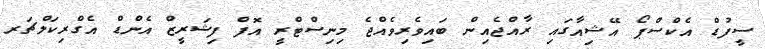
ސީފުޑް އެކްސްޕޯ އޭޝިއާގައި ރާއްޖެއިން ބައިވެރިވެއްޖެ މިނިސްޓްރީ އޮފް ފިޝަރީޒް އެންޑް އެގްރިކަލްޗަރ